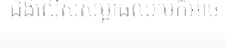
ជំងឺលើសសម្ពាធឈាមក៏អាច